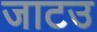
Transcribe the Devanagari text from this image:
जाटउ